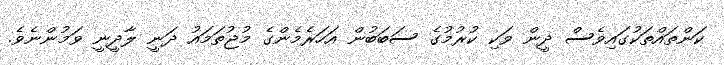
ކަންތައްތަކުގައިވެސް ދީން ވަކި ކުރުމުގެ ސަބަބުން އަހަރެމެންގެ މުޖުތަމައު ދަނީ ލާދީނީ ވަމުންނެވެ.